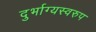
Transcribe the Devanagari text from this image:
दुर्भाग्यस्वरुप